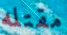
مقتله